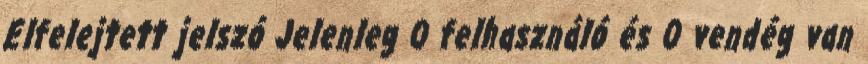
Elfelejtett jelszó Jelenleg 0 felhasználó és 0 vendég van